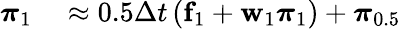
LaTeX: \begin{array}{rl}{\boldsymbol{\pi}_{1}}&{{}\approx 0.5\Delta t\left(\mathbf{f}_{1}+\mathbf{w}_{1}\boldsymbol{\pi}_{1}\right)+\boldsymbol{\pi}_{0.5}}\end{array}